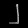
Digit: ၂